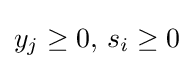
y_{j}\geq 0,\,s_{i}\geq 0